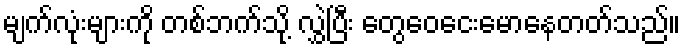
မျက်လုံးများကို တစ်ဘက်သို့ လွှဲပြီး တွေဝေငေးမောနေတတ်သည်။